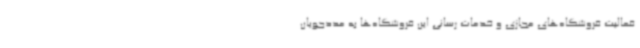
فعالیت فروشگاه‌های مجازی و خدمات رسانی این فروشگاه‌ها به مددجویان